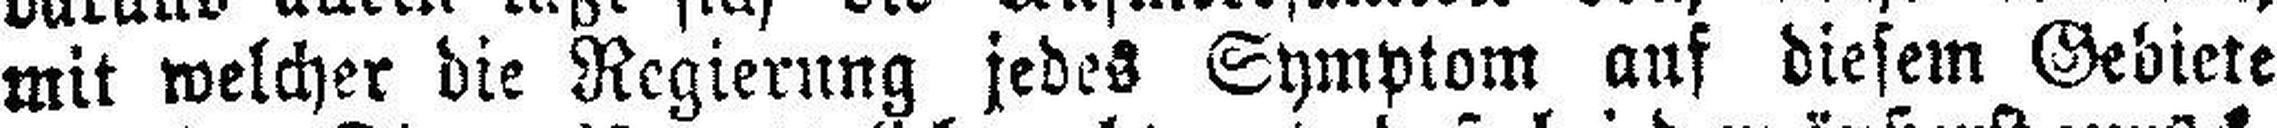
mit welcher die Regierung jedes Symptom auf diesem Gebiete